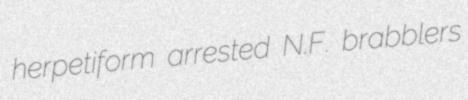
herpetiform arrested N.F. brabblers